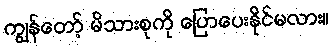
ကျွန်တော့် မိသားစုကို ပြောပေးနိုင်မလား။